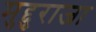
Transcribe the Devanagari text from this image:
मुद्दुराजा